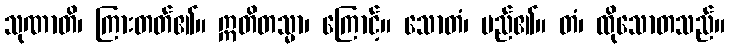
သုဏာတိ၊ ကြားတတ်၏။ ဣတိတသ္မာ၊ ကြောင့်။ သောတံ၊ မည်၏။ တံ၊ ထိုသောတသည်။